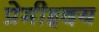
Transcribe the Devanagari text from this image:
प्रेमीहृदय